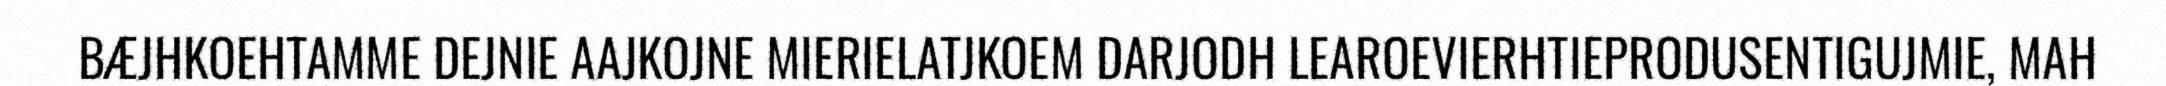
BÆJHKOEHTAMME DEJNIE AAJKOJNE MIERIELATJKOEM DARJODH LEAROEVIERHTIEPRODUSENTIGUJMIE, MAH